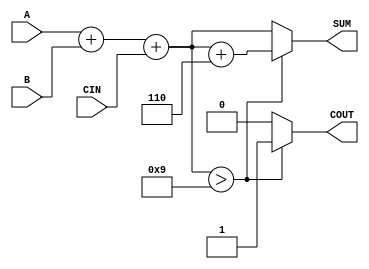
module BCD_Conditional_Adder (
    input wire [3:0] A,        // BCD input A
    input wire [3:0] B,        // BCD input B
    input wire CIN,            // Carry input
    output reg [3:0] SUM,      // BCD output SUM
    output reg COUT            // Carry output
);

    wire [4:0] S;             // 5-bit sum to accommodate carry
    // Perform binary addition
    assign S = A + B + CIN;

    always @(*) begin
        if (S[3:0] > 4'd9) begin
            // Apply correction by adding 6 (0110 in binary)
            SUM = S[3:0] + 4'd6;
            COUT = 1;            // Set carry out when correction is applied
        end else begin
            SUM = S[3:0];        // No correction needed
            COUT = 0;            // No carry out
        end
    end

endmodule